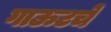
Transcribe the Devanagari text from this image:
गाऊटचे